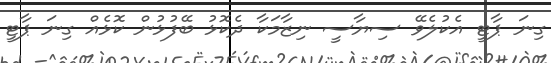
ގިނަ ޕާޓީ އެކުލެވޭ ސިޔާސީ ނިޒާމަކާ ދެކޮޅު ބޭފުޅުން ކޮޅެއް ގިނަ ޕާޓީ